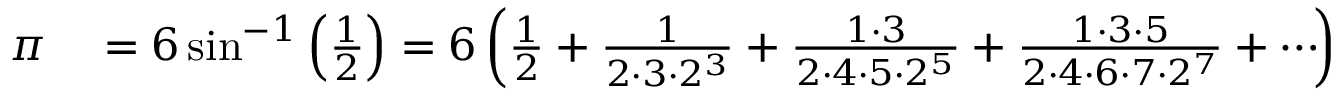
\begin{array} { r l } { \pi } & { { } = 6 \sin ^ { - 1 } \left( { \frac { 1 } { 2 } } \right) = 6 \left( { \frac { 1 } { 2 } } + { \frac { 1 } { 2 \cdot 3 \cdot 2 ^ { 3 } } } + { \frac { 1 \cdot 3 } { 2 \cdot 4 \cdot 5 \cdot 2 ^ { 5 } } } + { \frac { 1 \cdot 3 \cdot 5 } { 2 \cdot 4 \cdot 6 \cdot 7 \cdot 2 ^ { 7 } } } + \cdots \! \right) } \end{array}